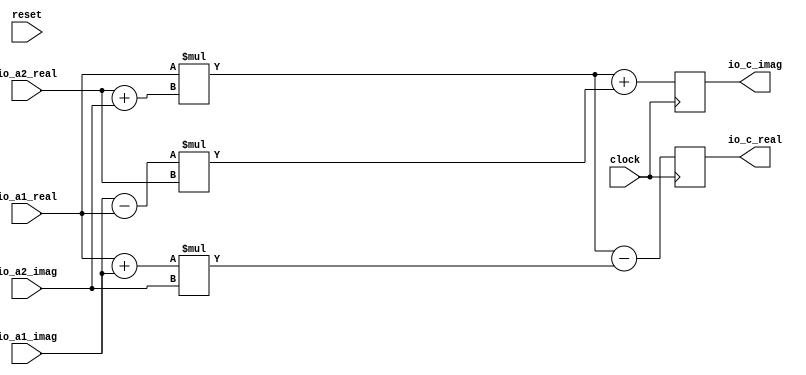
module SimpleComplexAdder(
  input         clock,
  input         reset,
  input  [5:0]  io_a1_real,
  input  [5:0]  io_a1_imag,
  input  [7:0]  io_a2_real,
  input  [7:0]  io_a2_imag,
  output [13:0] io_c_real,
  output [13:0] io_c_imag
);
`ifdef RANDOMIZE_REG_INIT
  reg [31:0] _RAND_0;
  reg [31:0] _RAND_1;
`endif // RANDOMIZE_REG_INIT
  reg [13:0] register1_real; // @[ComplexAdderSpec.scala 23:22]
  reg [13:0] register1_imag; // @[ComplexAdderSpec.scala 23:22]
  wire [7:0] _T_30 = $signed(io_a2_real) + $signed(io_a2_imag); // @[FixedPointTypeClass.scala 21:58]
  wire [5:0] _T_33 = $signed(io_a1_real) + $signed(io_a1_imag); // @[FixedPointTypeClass.scala 21:58]
  wire [5:0] _T_36 = $signed(io_a1_imag) - $signed(io_a1_real); // @[FixedPointTypeClass.scala 31:68]
  wire [13:0] _T_37 = $signed(io_a1_real) * $signed(_T_30); // @[FixedPointTypeClass.scala 43:59]
  wire [13:0] _T_38 = $signed(_T_33) * $signed(io_a2_imag); // @[FixedPointTypeClass.scala 43:59]
  wire [13:0] _T_39 = $signed(_T_36) * $signed(io_a2_real); // @[FixedPointTypeClass.scala 43:59]
  assign io_c_real = register1_real; // @[ComplexAdderSpec.scala 30:8]
  assign io_c_imag = register1_imag; // @[ComplexAdderSpec.scala 30:8]
  always @(posedge clock) begin
    register1_real <= $signed(_T_37) - $signed(_T_38); // @[FixedPointTypeClass.scala 31:68]
    register1_imag <= $signed(_T_37) + $signed(_T_39); // @[FixedPointTypeClass.scala 21:58]
  end
// Register and memory initialization
`ifdef RANDOMIZE_GARBAGE_ASSIGN
`define RANDOMIZE
`endif
`ifdef RANDOMIZE_INVALID_ASSIGN
`define RANDOMIZE
`endif
`ifdef RANDOMIZE_REG_INIT
`define RANDOMIZE
`endif
`ifdef RANDOMIZE_MEM_INIT
`define RANDOMIZE
`endif
`ifndef RANDOM
`define RANDOM $random
`endif
`ifdef RANDOMIZE_MEM_INIT
  integer initvar;
`endif
`ifndef SYNTHESIS
`ifdef FIRRTL_BEFORE_INITIAL
`FIRRTL_BEFORE_INITIAL
`endif
initial begin
  `ifdef RANDOMIZE
    `ifdef INIT_RANDOM
      `INIT_RANDOM
    `endif
    `ifndef VERILATOR
      `ifdef RANDOMIZE_DELAY
        #`RANDOMIZE_DELAY begin end
      `else
        #0.002 begin end
      `endif
    `endif
`ifdef RANDOMIZE_REG_INIT
  _RAND_0 = {1{`RANDOM}};
  register1_real = _RAND_0[13:0];
  _RAND_1 = {1{`RANDOM}};
  register1_imag = _RAND_1[13:0];
`endif // RANDOMIZE_REG_INIT
  `endif // RANDOMIZE
end // initial
`ifdef FIRRTL_AFTER_INITIAL
`FIRRTL_AFTER_INITIAL
`endif
`endif // SYNTHESIS
endmodule